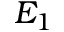
E _ { 1 }